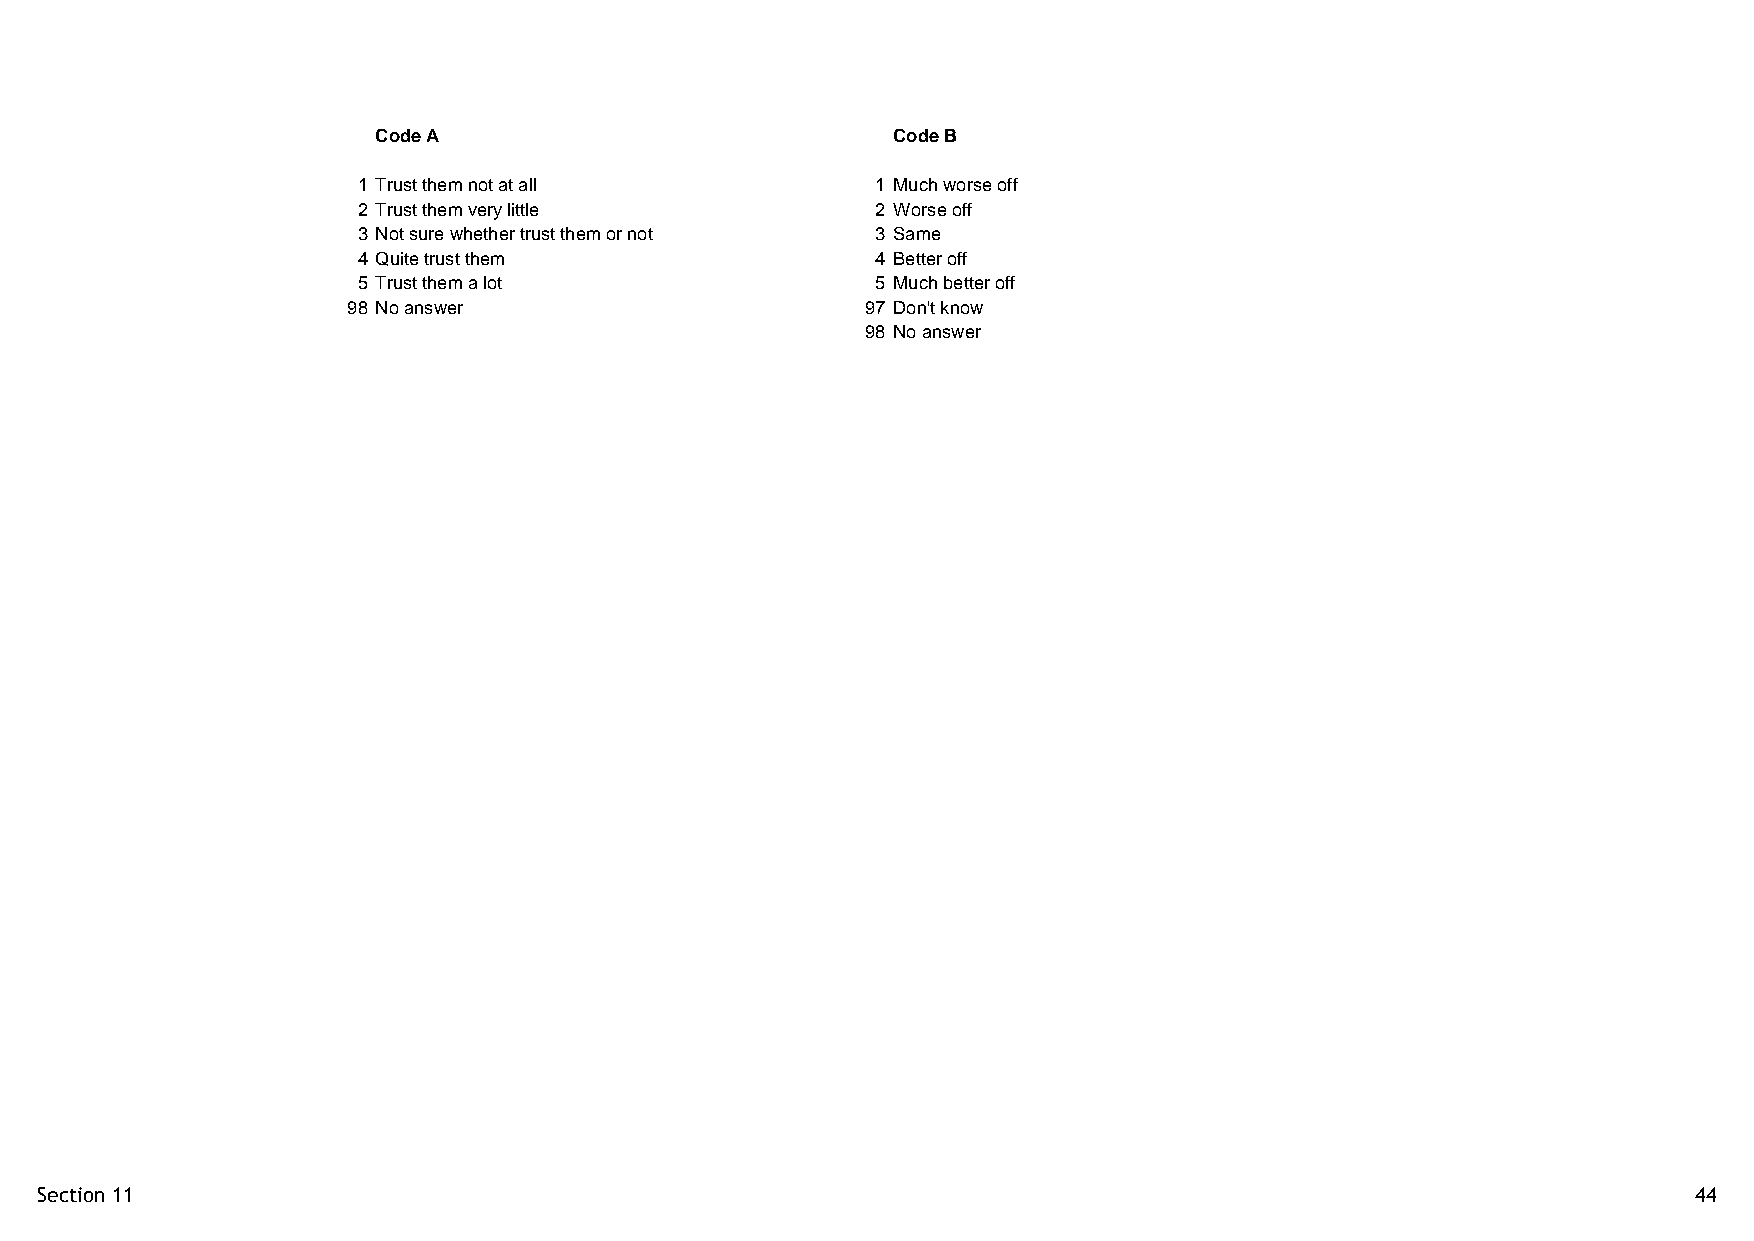
Code A                            Code B
 1 Trust them not at all           1 Much worse off
 2 Trust them very little          2 Worse off
 3 Not sure whether trust them or not 3 Same
 4 Quite trust them                4 Better off
 5 Trust them a lot                5 Much better off
 98 No answer                      97 Don't know
 98 No answer
 Section 11                                                                                                    44